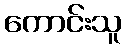
ကောင်းသူ